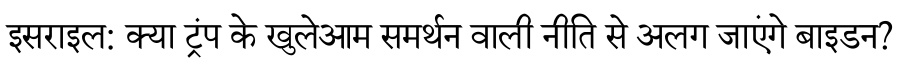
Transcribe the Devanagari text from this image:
इसराइल: क्या ट्रंप के खुलेआम समर्थन वाली नीति से अलग जाएंगे बाइडन?